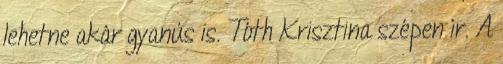
lehetne akár gyanús is. Tóth Krisztina szépen ír. A